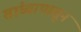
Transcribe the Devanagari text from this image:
तांब्यापासून